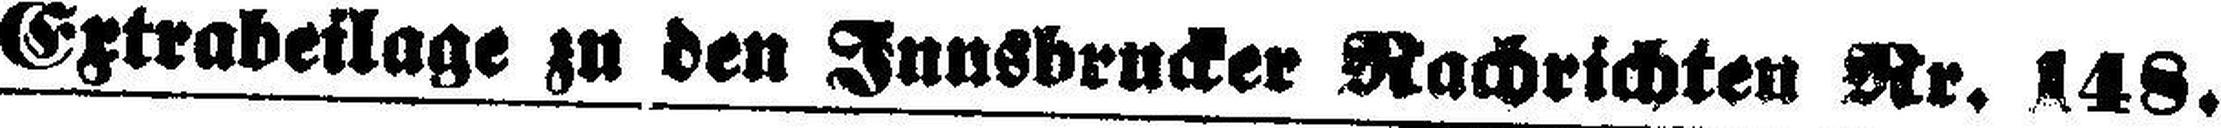
Extrabeilage zu den Innsbrucker Nachrichten Nr. 148.